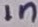
Text: 1n